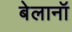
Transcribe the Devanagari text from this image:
बेलानॉ